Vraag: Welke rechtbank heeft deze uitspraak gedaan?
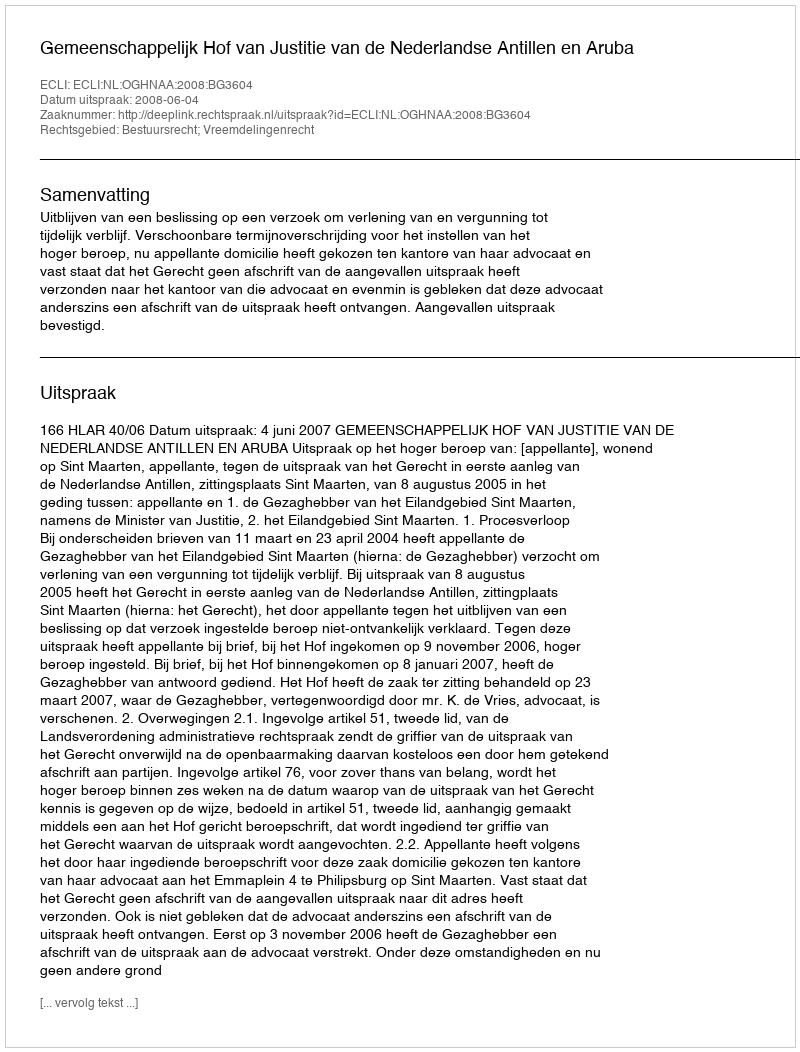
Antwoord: Gemeenschappelijk Hof van Justitie van de Nederlandse Antillen en Aruba